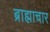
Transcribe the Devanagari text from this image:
ब्राह्माचार